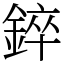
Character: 錊